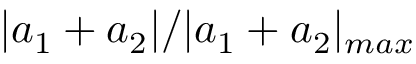
| a _ { 1 } + a _ { 2 } | / | a _ { 1 } + a _ { 2 } | _ { m a x }